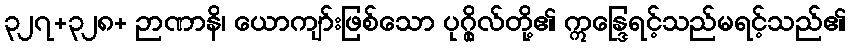
၃၂၇+၃၂၈+ ဉာဏာနိ၊ ယောကျာ်းဖြစ်သော ပုဂ္ဂိုလ်တို့၏ ဣန္ဒြေရင့်သည်မရင့်သည်၏